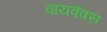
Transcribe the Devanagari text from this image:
वायवॅक्स